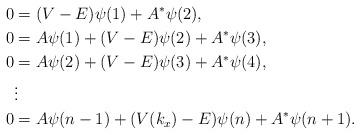
LaTeX: \begin{align*}0 &= (V - E) \psi(1) + A^*\psi(2), \\0 &= A \psi(1) + (V - E) \psi(2) + A^*\psi(3), \\0 &= A \psi(2) + (V - E) \psi(3) + A^*\psi(4), \\& \vdots \\0 &= A \psi(n-1) + (V(k_x) - E) \psi(n) + A^*\psi(n+1).\end{align*}